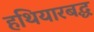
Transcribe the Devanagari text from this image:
हथियारबद्ध